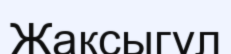
Жақсыгүл